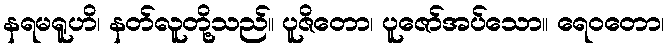
နရမရူဟိ၊ နတ်လူတို့သည်။ ပူဇိတော၊ ပူဇော်အပ်သော။ ရေဝတော၊